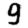
Digit: 9